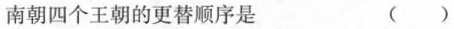
南朝四个王朝的更替顺序是 ()